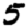
Digit: 5